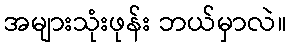
အများသုံးဖုန်း ဘယ်မှာလဲ။